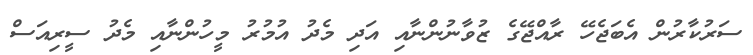
ސަރުކާރުން އެބަޖެހޭ ރާއްޖޭގެ ޒުވާނުންނާއި އަދި މެދު އުމުރު މީހުންނާއި މެދު ސީރިއަސް